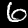
Digit: 6